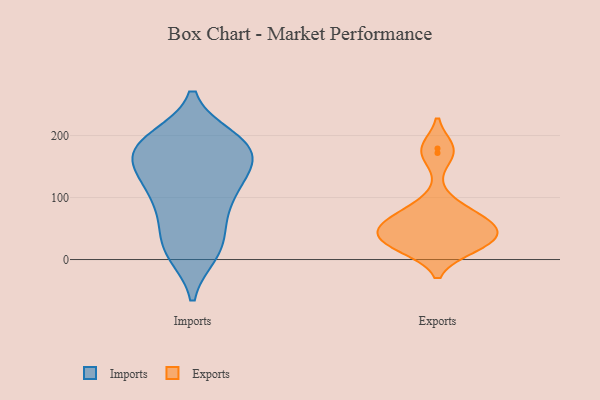
{"axis": {"x": "Revenue (USD Million)", "y": "Value"}, "legend": ["Exports", "Imports"], "data": [{"x": "", "y": 114, "type": "Imports"}, {"x": "", "y": 10, "type": "Imports"}, {"x": "", "y": 106, "type": "Imports"}, {"x": "", "y": 150, "type": "Imports"}, {"x": "", "y": 34, "type": "Imports"}, {"x": "", "y": 57, "type": "Imports"}, {"x": "", "y": 12, "type": "Imports"}, {"x": "", "y": 179, "type": "Imports"}, {"x": "", "y": 91, "type": "Imports"}, {"x": "", "y": 15, "type": "Imports"}, {"x": "", "y": 177, "type": "Imports"}, {"x": "", "y": 192, "type": "Imports"}, {"x": "", "y": 148, "type": "Imports"}, {"x": "", "y": 195, "type": "Imports"}, {"x": "", "y": 177, "type": "Imports"}, {"x": "", "y": 82, "type": "Imports"}, {"x": "", "y": 186, "type": "Imports"}, {"x": "", "y": 188, "type": "Imports"}, {"x": "", "y": 141, "type": "Imports"}, {"x": "", "y": 138, "type": "Imports"}, {"x": "", "y": 89, "type": "Exports"}, {"x": "", "y": 27, "type": "Exports"}, {"x": "", "y": 61, "type": "Exports"}, {"x": "", "y": 172, "type": "Exports"}, {"x": "", "y": 47, "type": "Exports"}, {"x": "", "y": 22, "type": "Exports"}, {"x": "", "y": 30, "type": "Exports"}, {"x": "", "y": 53, "type": "Exports"}, {"x": "", "y": 70, "type": "Exports"}, {"x": "", "y": 179, "type": "Exports"}, {"x": "", "y": 19, "type": "Exports"}, {"x": "", "y": 50, "type": "Exports"}]}